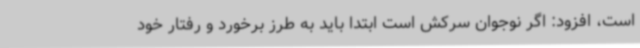
است، افزود: اگر نوجوان سرکش است ابتدا باید به طرز برخورد و رفتار خود